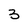
Character: 3